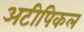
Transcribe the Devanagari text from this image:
अटीपिकल